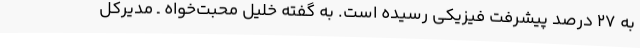
به ۲۷ درصد پیشرفت فیزیکی رسیده است. به گفته خلیل محبت‌خواه ـ مدیرکل